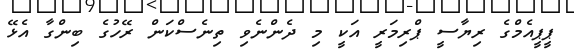
ޕީޕީއެމްގެ ރިޔާސީ ޕްރިމަރީ އަކީ މި ދެންނެވި ތިނެސްކަން ރޭހުގެ ބިންގާ އެޅޭ